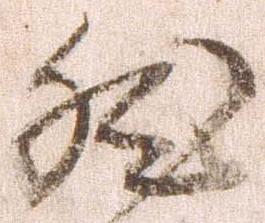
然